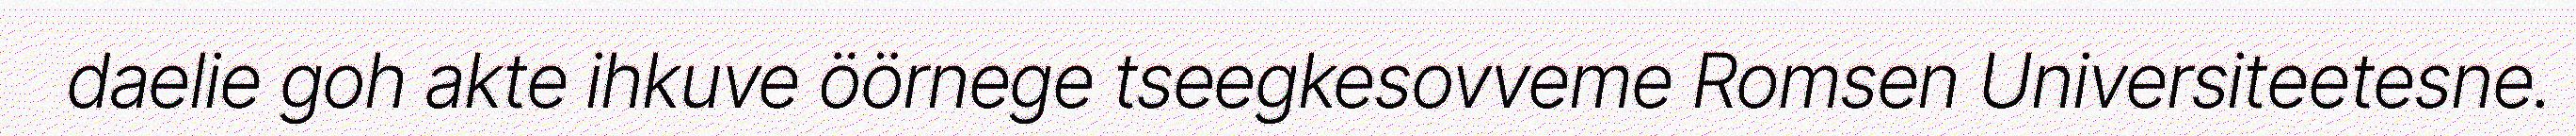
daelie goh akte ihkuve öörnege tseegkesovveme Romsen Universiteetesne.